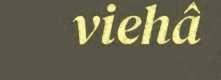
viehâ